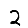
Digit: 2